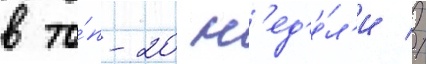
в то́п-20 н'ед'е́л'и //